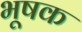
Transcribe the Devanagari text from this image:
भूषक